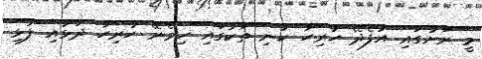
މީ ރަށުގައި އުފެދޭ ހުރިހާ ކުނި ތަކުގައި ހިމެނޭ ހުރިހާ ދަޅާއި ފުޅި